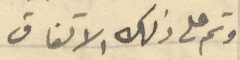
وتم على ذلك الاتفاق